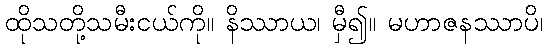
ထိုသတို့သမီးငယ်ကို။ နိဿာယ၊ မှီ၍။ မဟာဇနဿာပိ၊